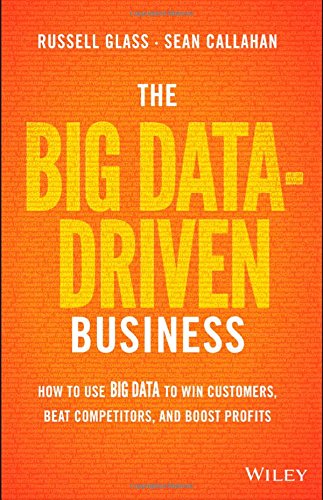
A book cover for The Big Data-Driven Business: How to Use Big Data to Win Customers, Beat Competitors, and Boost Profits; Russell Glass; Business & Money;